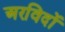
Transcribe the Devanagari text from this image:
अरविदों